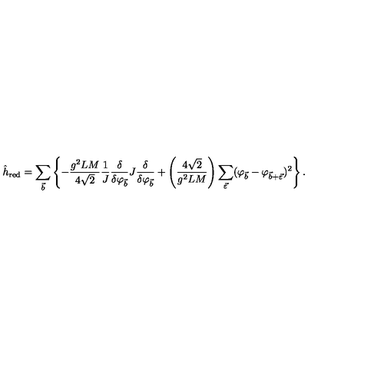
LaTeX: \hat { h } _ { \mathrm { r e d } } = \sum _ { \vec { b } } \left\{ - \frac { g ^ { 2 } L M } { 4 \sqrt 2 } \frac { 1 } { J } \frac { \delta } { \delta \varphi _ { \vec { b } } } J \frac { \delta } { \delta \varphi _ { \vec { b } } } + \left( \frac { 4 \sqrt 2 } { g ^ { 2 } L M } \right) \sum _ { \vec { \varepsilon } } ( \varphi _ { \vec { b } } - \varphi _ { \vec { b } + \vec { \varepsilon } } ) ^ { 2 } \right\} .